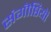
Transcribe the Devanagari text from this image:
संगॊष्ठियॊं